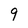
Character: 9